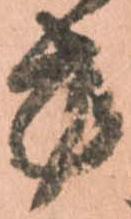
方